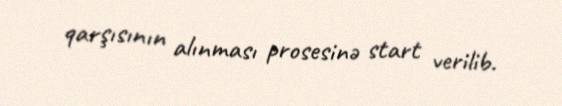
qarşısının alınması prosesinə start verilib.